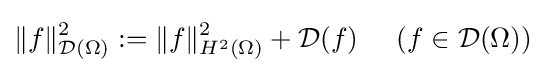
\|f\|_{{\mathcal {D}}(\Omega )}^{2}:=\|f\|_{H^{2}(\Omega )}^{2}+{\mathcal {D}}(f)\;\;\;\;\;(f\in {\mathcal {D}}(\Omega ))